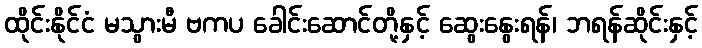
ထိုင်းနိုင်ငံ မသွားမီ ဗကပ ခေါင်းဆောင်တို့နှင့် ဆွေးနွေးရန်၊ ဘရန်ဆိုင်းနှင့်